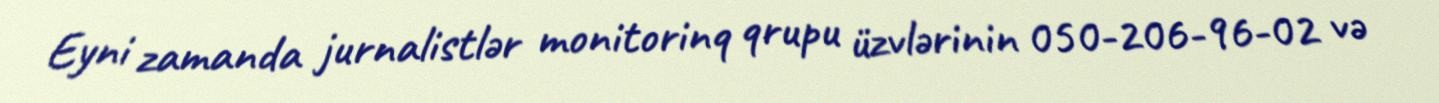
Eyni zamanda jurnalistlər monitorinq qrupu üzvlərinin 050-206-96-02 və